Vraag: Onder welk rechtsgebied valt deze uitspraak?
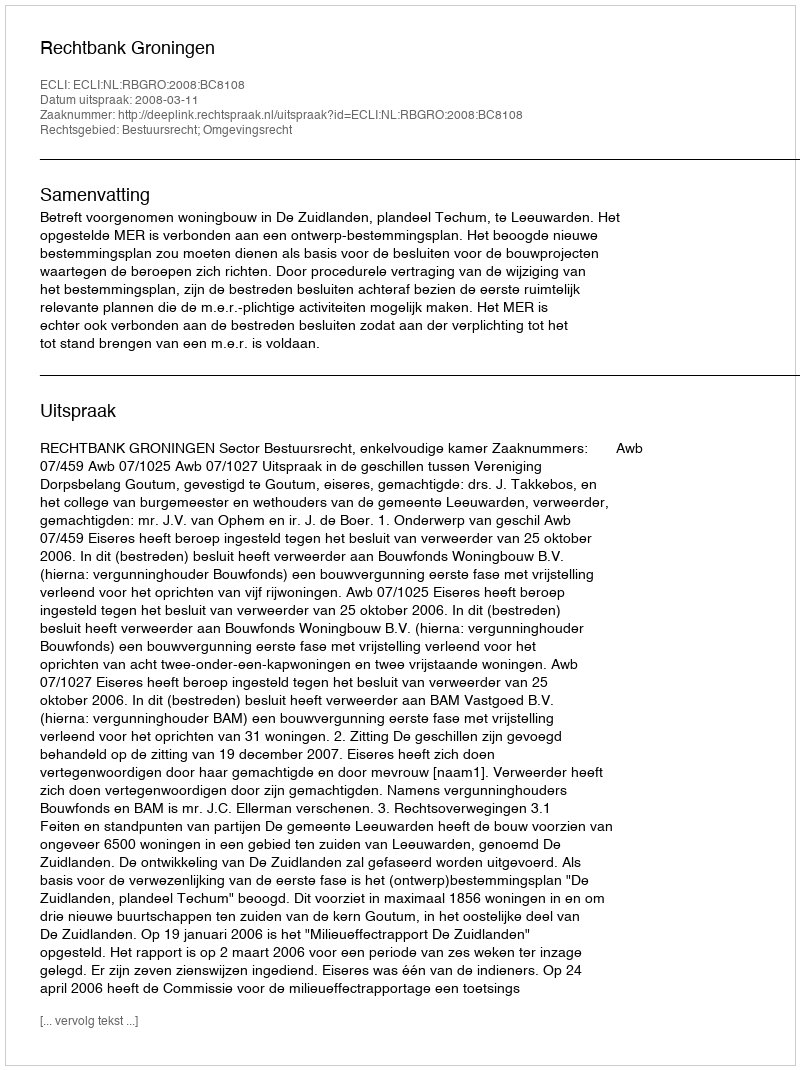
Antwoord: Bestuursrecht; Omgevingsrecht